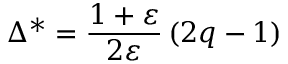
\Delta ^ { * } = \frac { 1 + \varepsilon } { 2 \varepsilon } \left( 2 q - 1 \right)